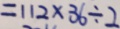
= 1 1 2 \times 3 6 \div 2